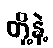
တို့နဲ့